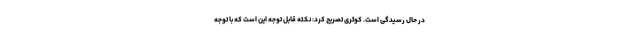
در حال رسیدگی است. کوثری تصریح کرد: نکته قابل توجه این است که با توجه